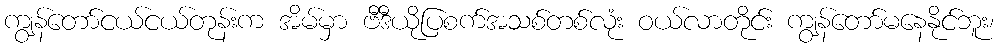
ကျွန်တော်ငယ်ငယ်တုန်းက အိမ်မှာ ဗီဒီယိုပြစက်အသစ်တစ်လုံး ဝယ်လာတိုင်း ကျွန်တော်မနေနိုင်ဘူး၊